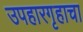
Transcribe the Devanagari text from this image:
उपहारगृहाचा